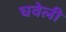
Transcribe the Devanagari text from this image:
घवेली